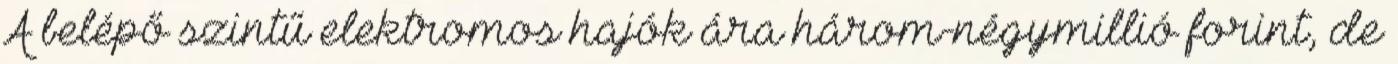
A belépő szintű elektromos hajók ára három-négymillió forint, de